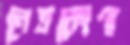
নেত্রকোণা